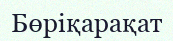
Бөріқарақат